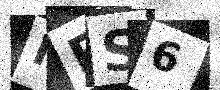
Text: IRS6